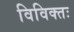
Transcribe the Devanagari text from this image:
विविक्तः